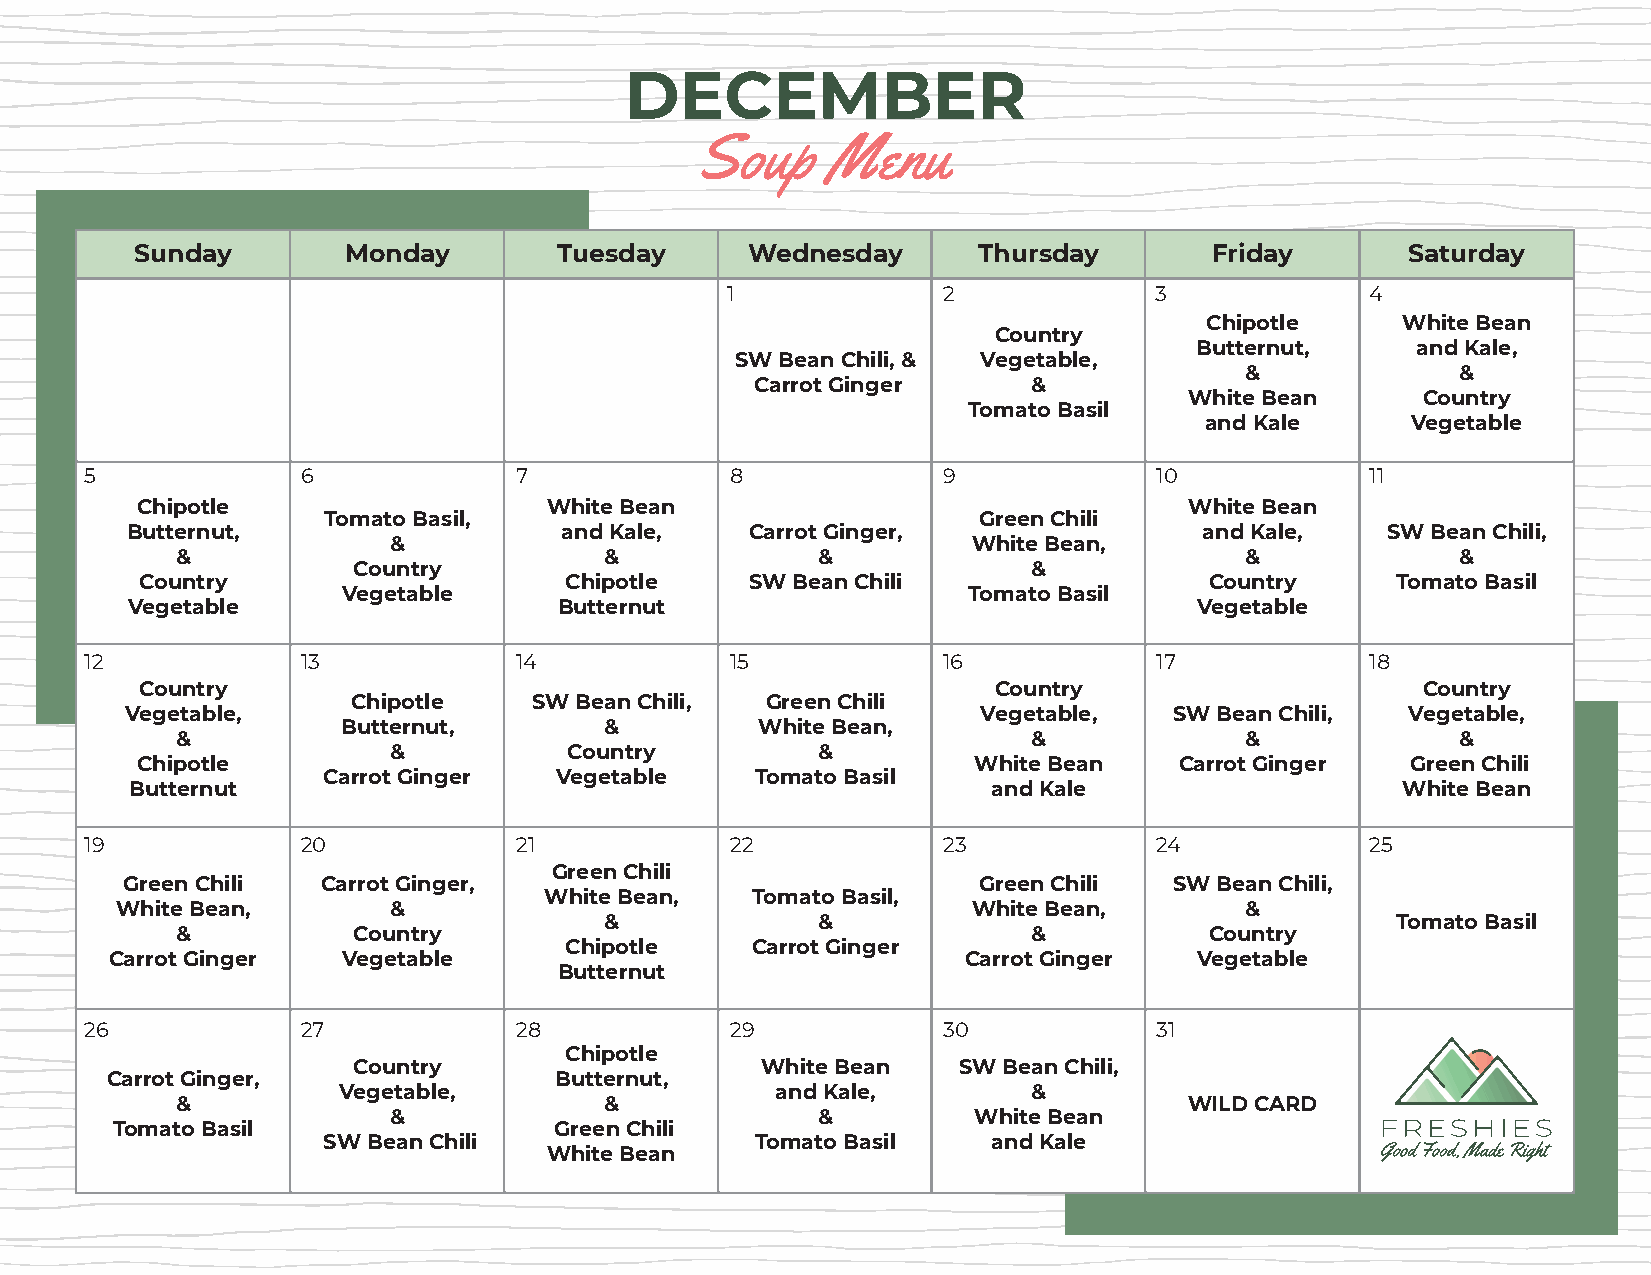
DECEMBER
 Soup     Menu
 Sunday        Monday        Tuesday      Wednesday      Thursday       Friday       Saturday
 1             2             3              4
 Chipotle     White Bean
 Country
 Butternut,     and Kale,
 SW Bean Chili, & Vegetable,
 &              &
 Carrot Ginger     &
 White Bean     Country
 Tomato Basil
 and Kale     Vegetable
 5             6             7             8             9             10             11
 Chipotle                   White Bean                                 White Bean
 Tomato Basil,                               Green Chili
 Butternut,                   and Kale,    Carrot Ginger,                and Kale,   SW Bean Chili,
 &                                     White Bean,
 &                           &             &                           &              &
 Country                                      &
 Country                     Chipotle     SW Bean Chili                 Country     Tomato Basil
 Vegetable                                Tomato Basil
 Vegetable                    Butternut                                 Vegetable
 12            13            14            15            16            17             18
 Country                                                  Country                     Country
 Chipotle    SW Bean Chili,  Green Chili
 Vegetable,                                               Vegetable,   SW Bean Chili, Vegetable,
 Butternut,       &         White Bean,
 &                                                       &             &              &
 &           Country         &
 Chipotle                                               White Bean    Carrot Ginger  Green Chili
 Carrot Ginger   Vegetable    Tomato Basil
 Butternut                                                and Kale                   White Bean
 19            20            21            22            23            24             25
 Green Chili
 Green Chili  Carrot Ginger,                              Green Chili  SW Bean Chili,
 White Bean,   Tomato Basil,
 White Bean,       &                                     White Bean,       &
 &             &                                     Tomato Basil
 &          Country                                      &           Country
 Chipotle     Carrot Ginger
 Carrot Ginger   Vegetable                                Carrot Ginger  Vegetable
 Butternut
 26            27            28            29            30            31
 Chipotle
 Country                    White Bean   SW Bean Chili,
 Carrot Ginger,                Butternut,
 Vegetable,                   and Kale,        &
 &                           &                                      WILD CARD
 &                           &         White Bean
 Tomato Basil                  Green Chili
 SW Bean Chili                Tomato Basil    and Kale
 White Bean